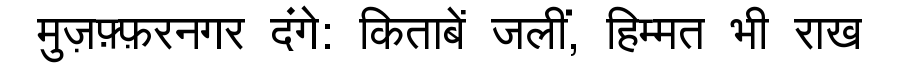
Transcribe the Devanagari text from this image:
मुज़फ़्फ़रनगर दंगे: किताबें जलीं, हिम्मत भी राख